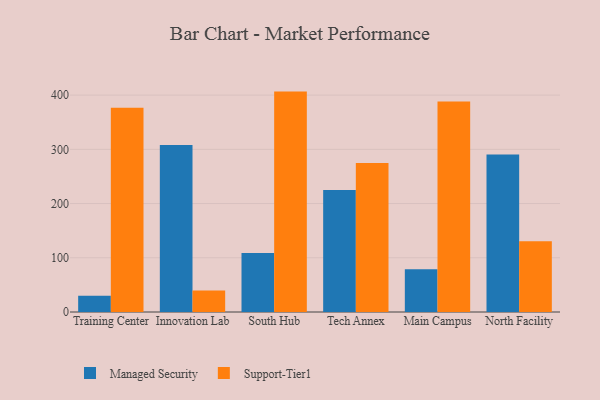
{"axis": {"x": "Campus", "y": "Backlog"}, "legend": ["Managed Security", "Support-Tier1"], "data": [{"x": "Training Center", "y": 30.1, "type": "Managed Security"}, {"x": "Training Center", "y": 376.6, "type": "Support-Tier1"}, {"x": "Innovation Lab", "y": 307.8, "type": "Managed Security"}, {"x": "Innovation Lab", "y": 39.6, "type": "Support-Tier1"}, {"x": "South Hub", "y": 108.8, "type": "Managed Security"}, {"x": "South Hub", "y": 406.5, "type": "Support-Tier1"}, {"x": "Tech Annex", "y": 224.8, "type": "Managed Security"}, {"x": "Tech Annex", "y": 274.6, "type": "Support-Tier1"}, {"x": "Main Campus", "y": 78.8, "type": "Managed Security"}, {"x": "Main Campus", "y": 388.4, "type": "Support-Tier1"}, {"x": "North Facility", "y": 290.5, "type": "Managed Security"}, {"x": "North Facility", "y": 130.6, "type": "Support-Tier1"}]}